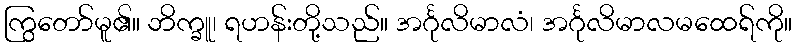
ကြွတော်မူ၏။ ဘိက္ခူ၊ ရဟန်းတို့သည်။ အင်္ဂုလိမာလံ၊ အင်္ဂုလိမာလမထေရ်ကို။